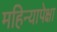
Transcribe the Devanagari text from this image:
महिन्यापेक्षा